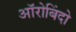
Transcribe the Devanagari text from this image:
ऑरोबिंदो